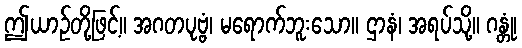
ဤယာဉ်တို့ဖြင့်။ အဂတပုဗ္ဗံ၊ မရောက်ဘူးသော။ ဌာနံ၊ အရပ်သို့။ ဂန္တုံ၊